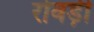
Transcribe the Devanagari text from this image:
रोवड़ी